Scottish Leaving Certificate Examination, 1953
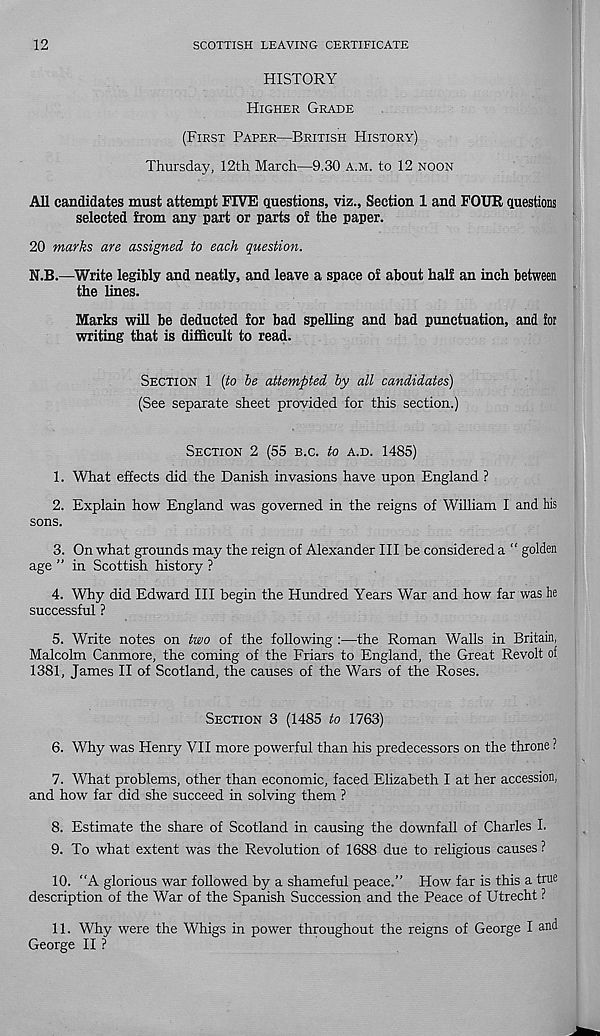
12
SCOTTISH LEAVING CERTIFICATE
HISTORY
HIGHER GRADE
(FIRST PAPER—BRITISH HISTORY)
Thursday, 12th March—9.30 A.M. to 12 NOON
All candidates must attempt FIVE questions, viz.. Section 1 and FOUR questions
selected from any part or parts of the paper.
20 marks are assigned to each question.
N.B.—Write legibly and neatly, and leave a space of about half an inch between
the lines.
Marks will be deducted for bad spelling and bad punctuation, and for
writing that is difficult to read.
SECTION 1 [to be attempted by all candidates)
(See separate sheet provided for this section.)
SECTION 2 (55 B.C. to A.D. 1485)
1. What effects did the Danish invasions have upon England ?
2. Explain how England was governed in the reigns of William I and his
sons.
3. On what grounds may the reign of Alexander HI be considered a “ golden
age ” in Scottish history ?
4. Why did Edward III begin the Hundred Years War and how far was he
successful ?
5. Write notes on two of the following :—the Roman Walls in Britain,
Malcolm Canmore, the coming of the Friars to England, the Great Revolt of
1381, James II of Scotland, the causes of the Wars of the Roses.
SECTION 3 (1485 to 1763)
6. Why was Henry VII more powerful than his predecessors on the throne ?
7. What problems, other than economic, faced Elizabeth I at her accession,
and how far did she succeed in solving them ?
8. Estimate the share of Scotland in causing the downfall of Charles I.
9. To what extent was the Revolution of 1688 due to religious causes ?
10. “A glorious war followed by a shameful peace.” How far is this a true
description of the War of the Spanish Succession and the Peace of Utrecht ?
11. Why were the Whigs in power throughout the reigns of George I and
George II ?